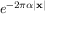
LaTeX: e ^ { - 2 \pi \alpha | \mathbf { x } | }